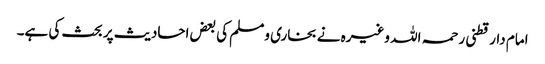
امام دارقطنی رحمہ اللہ وغیرہ نے بخاری ومسلم کی بعض احادیث پر بحث کی ہے۔